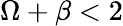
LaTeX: \Omega+\beta<2